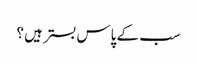
سب کے پاس بستر ہیں ؟